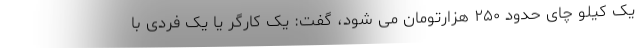
یک کیلو چای حدود ۲۵۰ هزارتومان می شود، گفت: یک کارگر یا یک فردی با